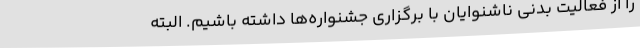
را از فعالیت بدنی ناشنوایان با برگزاری جشنواره‌ها داشته باشیم. البته